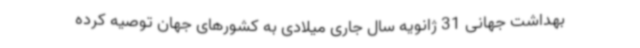
بهداشت جهانی 31 ژانویه سال جاری میلادی به کشورهای جهان توصیه کرده